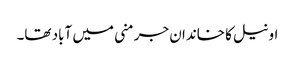
اونیل کا خاندان جرمنی میں آباد تھا۔